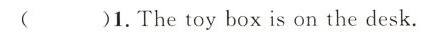
( )1.The toy box is on the desk.